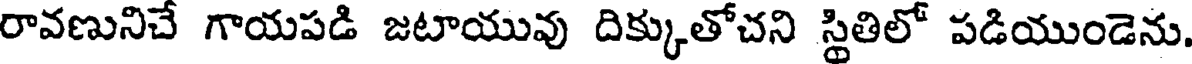
రావణునిచే గాయపడి జటాయువు దిక్కుతోచని స్థితిలో పడియుండెను.